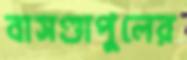
বাসণ্ডাপুলের